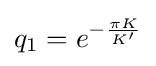
q_{1}=e^{-{\frac {\pi K}{K'}}}